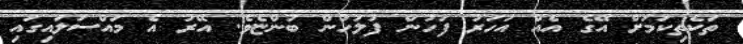
ތަކެތިކަމަށް އޭގެ އެއް އަހަރު ފަހުން ފުލުހުން ބުންޏެވެ. އޭރު އެ މައްސަލައިގައި